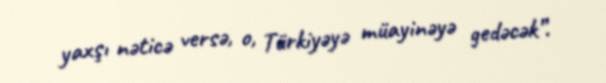
yaxşı nəticə versə, o, Türkiyəyə müayinəyə gedəcək”.